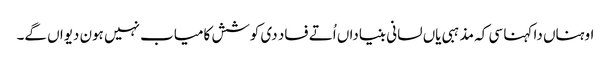
اوہناں دا کہنا سی کہ مذہبی یاں لسانی بنیاداں اُتے فساد دی کوشش کامیاب نہیں ہون دیواں گے۔